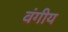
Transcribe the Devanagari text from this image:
वंगीय